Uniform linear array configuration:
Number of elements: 4
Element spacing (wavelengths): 0.75
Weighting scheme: cosine
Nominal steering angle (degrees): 0
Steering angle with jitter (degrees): -1.66
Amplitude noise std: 0.05
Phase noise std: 0.05

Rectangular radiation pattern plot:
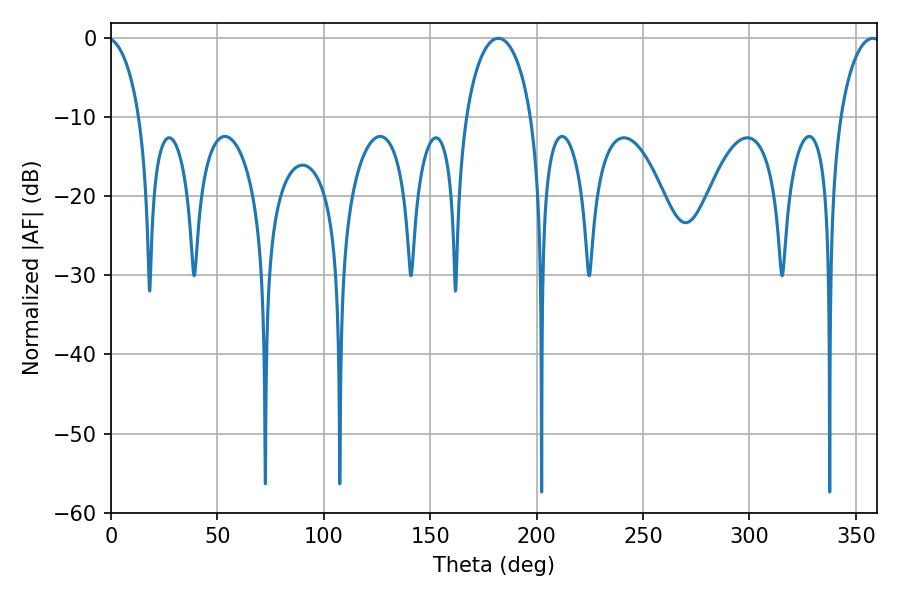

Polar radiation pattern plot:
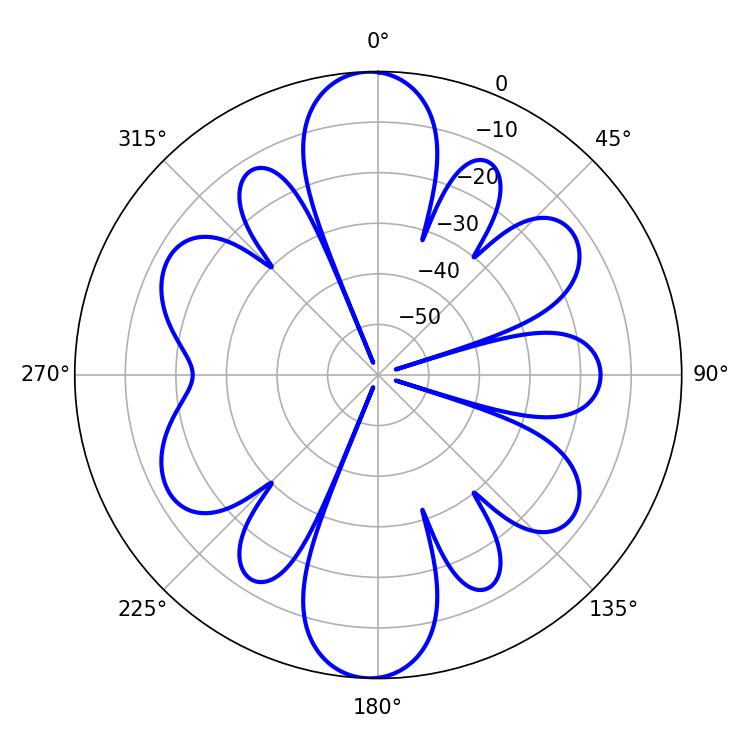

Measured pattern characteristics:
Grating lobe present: TRUE
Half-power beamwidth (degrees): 17.64
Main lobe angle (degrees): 181.98